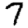
Digit: 7